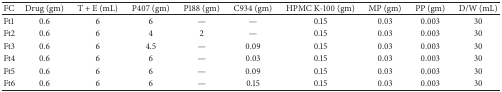
<table><thead><tr><td><b>FC</b></td><td><b>Drug (gm)</b></td><td><b>T + E (mL)</b></td><td><b>P407 (gm)</b></td><td><b>P188 (gm)</b></td><td><b>C934 (gm)</b></td><td><b>HPMC K-100 (gm)</b></td><td><b>MP (gm)</b></td><td><b>PP (gm)</b></td><td><b>D/W (mL)</b></td></tr></thead><tbody><tr><td>Ft1</td><td>0.6</td><td>6</td><td>6</td><td>—</td><td>—</td><td>0.15</td><td>0.03</td><td>0.003</td><td>30</td></tr><tr><td>Ft2</td><td>0.6</td><td>6</td><td>4</td><td>2</td><td>—</td><td>0.15</td><td>0.03</td><td>0.003</td><td>30</td></tr><tr><td>Ft3</td><td>0.6</td><td>6</td><td>4.5</td><td>—</td><td>0.09</td><td>0.15</td><td>0.03</td><td>0.003</td><td>30</td></tr><tr><td>Ft4</td><td>0.6</td><td>6</td><td>6</td><td>—</td><td>0.03</td><td>0.15</td><td>0.03</td><td>0.003</td><td>30</td></tr><tr><td>Ft5</td><td>0.6</td><td>6</td><td>6</td><td>—</td><td>0.09</td><td>0.15</td><td>0.03</td><td>0.003</td><td>30</td></tr><tr><td>Ft6</td><td>0.6</td><td>6</td><td>6</td><td>—</td><td>0.15</td><td>0.15</td><td>0.03</td><td>0.003</td><td>30</td></tr></tbody></table>